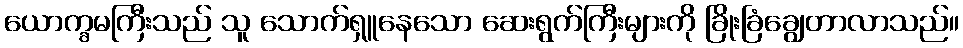
ယောက္ခမကြီးသည် သူ သောက်ရှူနေသော ဆေးရွက်ကြီးများကို ခြိုးခြံချွေတာလာသည်။